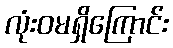
လုံးဝမရှိကြောင်း